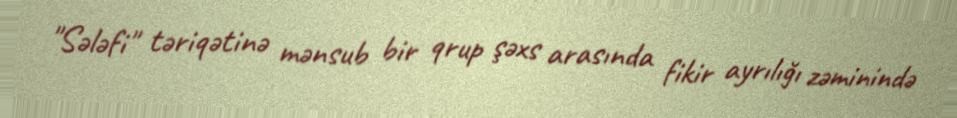
"Sələfi" təriqətinə mənsub bir qrup şəxs arasında fikir ayrılığı zəminində